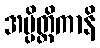
အပ္ပိတ္ထိကာနိ